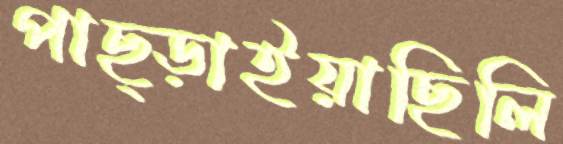
পাছ্‌ড়াইয়াছিলি